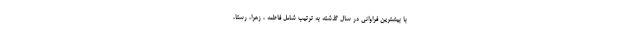
با بیشترین فراوانی در سال گذشته به ترتیب شامل فاطمه ، زهرا، رستا،